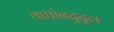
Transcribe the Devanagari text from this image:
वाघांबद्द्ल